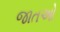
જાતઓ